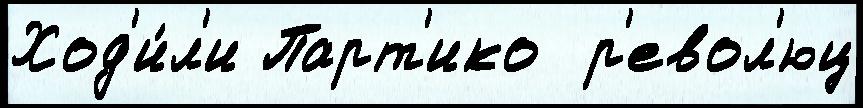
Ход'и́л'и Парт'ико  р'евол'юц